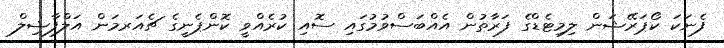
ފެނަކަ ކޯޕަރޭޝަން ލިމިޓެޑްގެ ފަރާތުން އެއްބަސްވުމުގައި ސޮއި ކުރެއްވީ ކޮންޕެނީގެ ޗެއަރމަން އަލްފާޟިލް